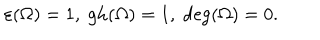
\varepsilon ( \Omega ) = 1 , \; \mathrm { g h } ( \Omega ) = 1 , \; \mathrm { d e g } ( \Omega ) = 0 .